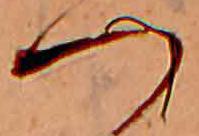
つ